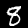
Label: 8